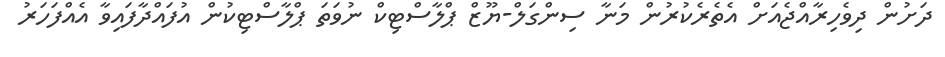
ދަށުން ދިވެހިރާއްޖެއަށް އެތެރެކުރުން މަނާ ސިންގަލް-ޔޫޒް ޕްލާސްޓިކް ނުވަތަ ޕްލާސްޓިކުން އުފައްދާފައިވާ އެއްފަހަރު